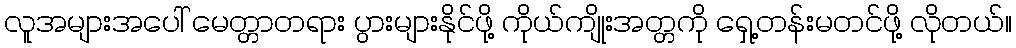
လူအများအပေါ် မေတ္တာတရား ပွားများနိုင်ဖို့ ကိုယ်ကျိုးအတ္တကို ရှေ့တန်းမတင်ဖို့ လိုတယ်။